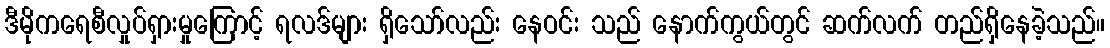
ဒီမိုကရေစီလှုပ်ရှားမှုကြောင့် ရလဒ်များ ရှိသော်လည်း နေဝင်း သည် နောက်ကွယ်တွင် ဆက်လက် တည်ရှိနေခဲ့သည်။